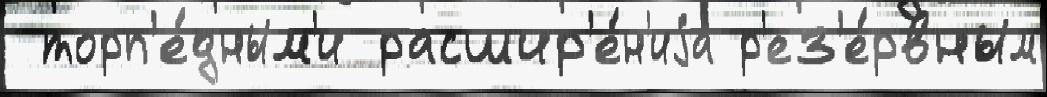
 торп'е́дным'и расшир'е́н'иjа р'ез'е́рвным